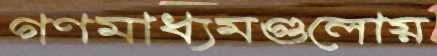
গণমাধ্যমগুলোয়